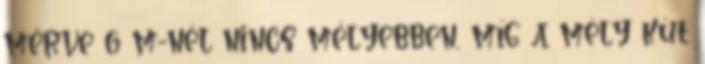
mérve 6 m-nél nincs mélyebben, míg a mély kút